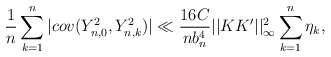
\begin{align*}\frac{1}{n}\sum_{k=1}^{n}|cov(Y_{n,0}^{2},Y_{n,k}^{2})|\ll\frac{16C}{nb_{n}^{4}}||KK^{\prime}||_{\infty}^{2}\sum_{k=1}^{n}\eta_{k},\end{align*}